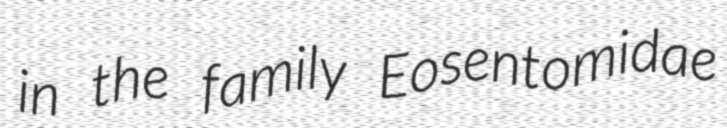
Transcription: in the family Eosentomidae